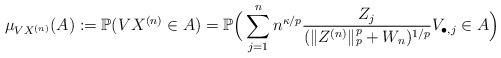
LaTeX: \begin{align*} \mu_{V X^{(n)}}(A) := \mathbb{P}(VX^{(n)} \in A) = \mathbb{P}\Big(\sum_{j=1}^n n^{\kappa/p} \frac{Z_j}{(\lVert Z^{(n)} \rVert_p^p + W_n)^{1/p}} V_{\bullet,j} \in A\Big)\end{align*}